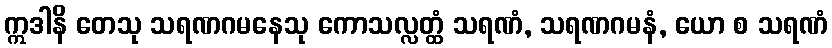
ဣဒါနိ တေသု သရဏဂမနေသု ကောသလ္လတ္ထံ သရဏံ, သရဏဂမနံ, ယော စ သရဏံ